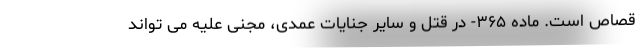
قصاص است. ماده ۳۶۵- در قتل و سایر جنایات عمدی، مجنی علیه می تواند